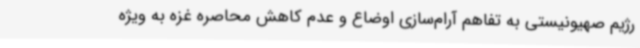
رژیم صهیونیستی به تفاهم آرام‌سازی اوضاع و عدم کاهش محاصره غزه به ویژه